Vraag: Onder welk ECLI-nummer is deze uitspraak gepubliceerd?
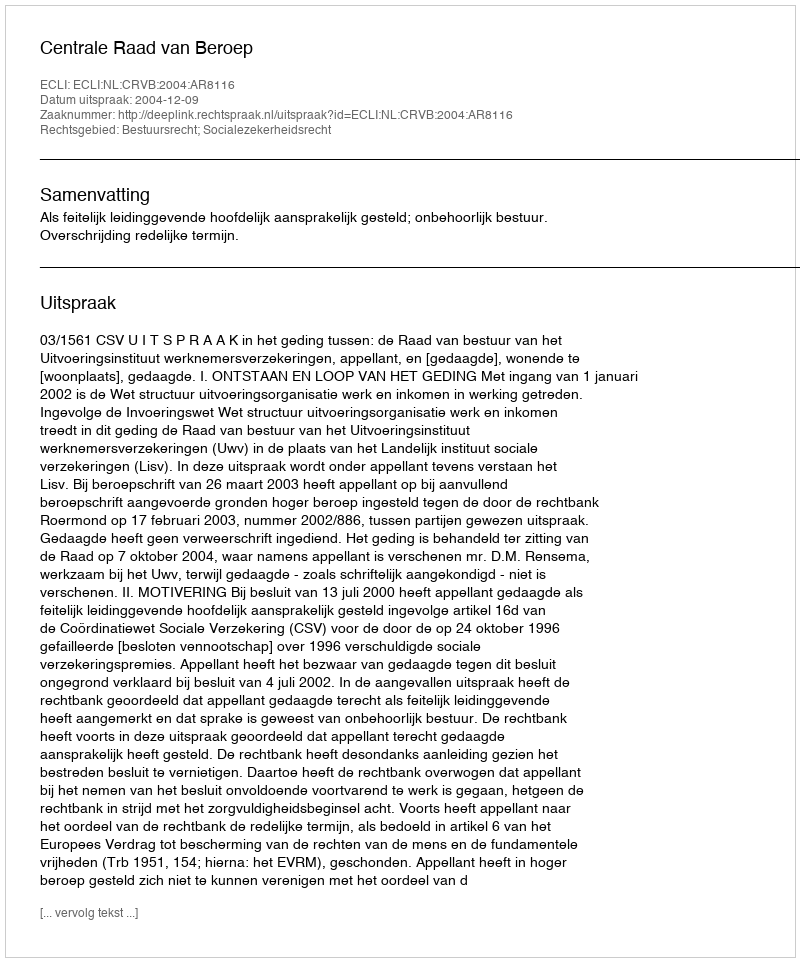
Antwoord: ECLI:NL:CRVB:2004:AR8116